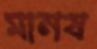
মানষ